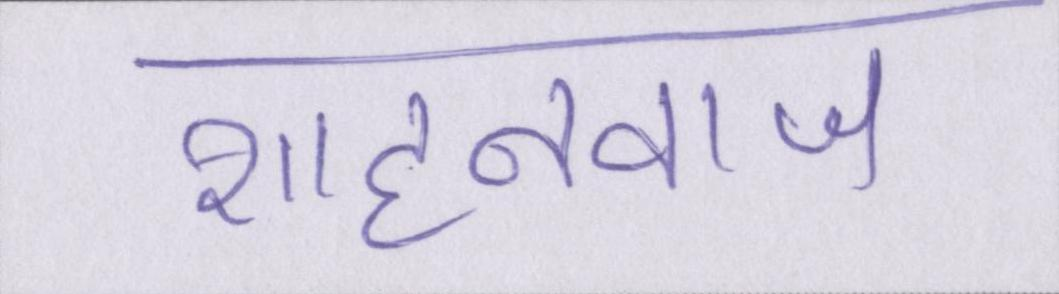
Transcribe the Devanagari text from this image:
शाहनवाज